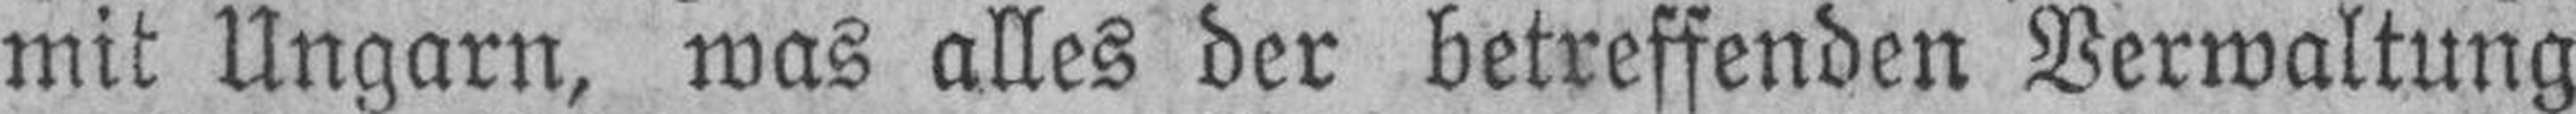
mit Ungarn, was alles der betreffenden Verwaltung